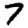
Digit: 7